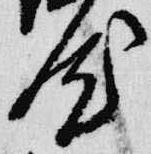
汰